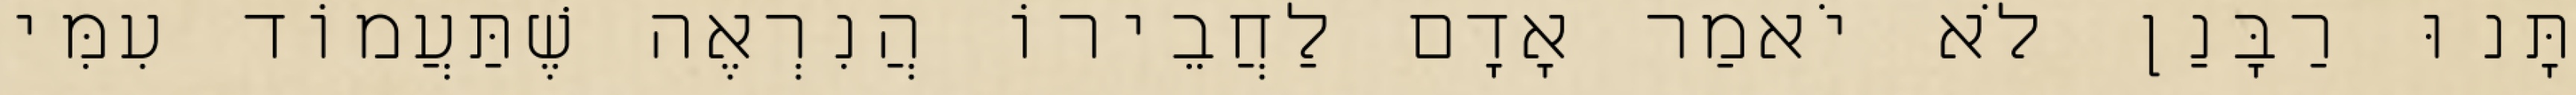
תָּנוּ רַבָּנַן לֹא יֹאמַר אָדָם לַחֲבֵירוֹ הֲנִרְאֶה שֶׁתַּעֲמוֹד עִמִּי